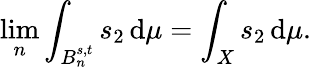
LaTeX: \operatorname*{lim}_{n}\int_{B_{n}^{s,t}}s_{2}\, \mathrm{d}\mu=\int_{X}s_{2}\, \mathrm{d}\mu.